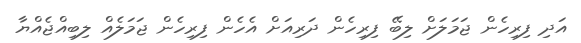
އަދި ފިރިހެން ޖަމަލަށް ލިބޭ ފިރިހެން ދަރިއަށް އެހެން ފިރިހެން ޖަމަލެއް ލިބިއްޖެއްޔާ